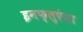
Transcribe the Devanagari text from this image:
इनफ्लुएंज़ा